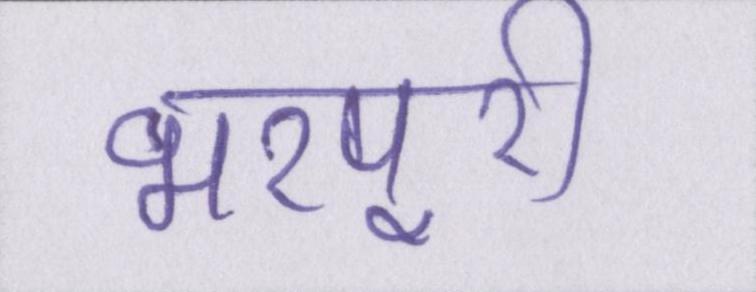
भरपूरी